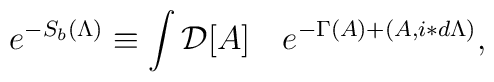
e^{-S_b(\Lambda)}\equiv\int {\cal D}[A]\quad e^{-\Gamma(A) + (A,i\ast d\Lambda)},